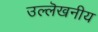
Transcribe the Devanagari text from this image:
उल्लॆखनीय